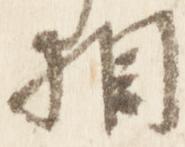
相